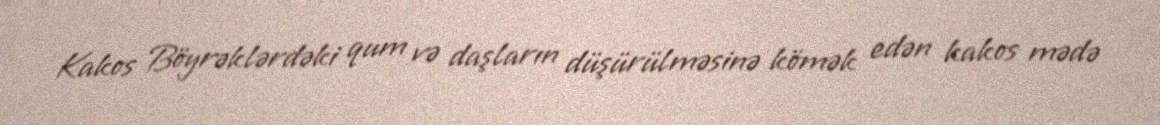
Kakos Böyrəklərdəki qum və daşların düşürülməsinə kömək edən kakos mədə